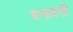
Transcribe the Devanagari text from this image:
बनावती